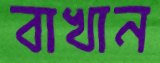
বাখান